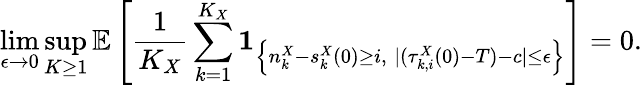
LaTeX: \operatorname*{lim}_{\epsilon\to 0}\operatorname*{sup}_{K\geq 1}\mathbb{E}\left[\frac{1}{K_{X}}\sum_{k=1}^{K_{X}}\mathbf{1}_{\left\{ n_{k}^{X}-s_{k}^{X}(0)\geq i,\; |(\tau_{k,i}^{X}(0)-T)-c|\leq\epsilon\right\} }\right]=0.